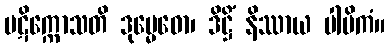
ပဋိက္ကောသတိ ဒုမ္မေဓော၊ ဒိဋ္ဌိံ နိဿာယ ပါပိကံ။